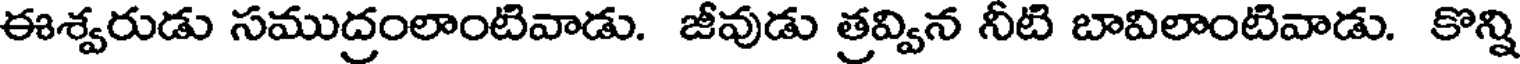
ఈశ్వరుడు సముద్రంలాంటివాడు. జీవుడు త్రవ్విన నీటి బావిలాంటివాడు. కొన్ని